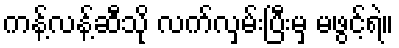
ကန့်လန့်ဆီသို လက်လှမ်းပြီးမှ မဖွင့်ရဲ။